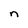
Character: n